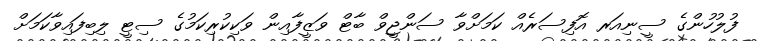
ފުލުހުންގެ ސީނިއަރ އޮފިސަރެއް ކަމަށްވާ ސަންޖީވް ބާޓް ވަޒީފާއިން ވަކިކުރިކަމުގެ ސިޓީ ލިބިފައިވާކަމަށް